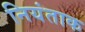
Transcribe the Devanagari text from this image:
नियंताक